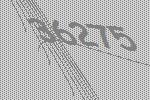
36275